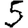
Digit: 5